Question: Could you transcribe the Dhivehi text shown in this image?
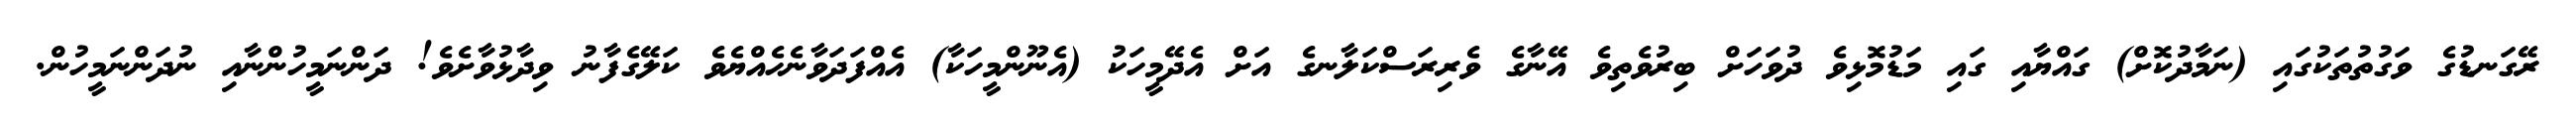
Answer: ރޭގަނޑުގެ ވަގުތުތަކުގައި (ނަމާދުކޮށް) ގައްޔާއި ގައި މަޑުމޮޅިވެ ދުވަހަށް ބިރުވެތިވެ އޭނާގެ ވެރިރަސްކަލާނގެ އަށް އެދޭމީހަކު (އެނޫންމީހަކާ) އެއްފަދަވާނެހެއްޔެވެ ކަލޭގެފާނު ވިދާޅުވާށެވެ! ދަންނަމީހުންނާއި ނުދަންނަމީހުން.